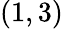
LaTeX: (1,3)